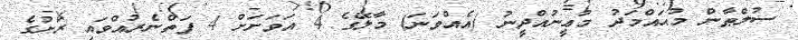
ސުލްޠާން މުޙައްމަދު މުޢީނުއްދީނު (އެއްވަނަ) މާލޭގެ 4 އަވަށަށް 4 ފަތްނެރުއްވައި ރަށުގެ